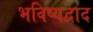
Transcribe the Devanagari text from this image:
भविष्यद्वाद